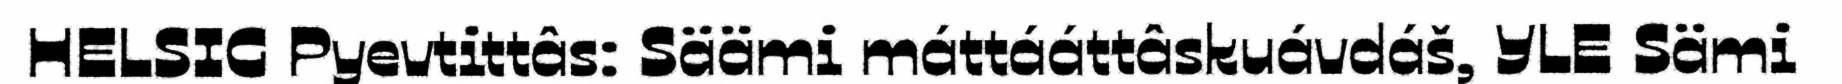
HELSIG Pyevtittâs: Säämi máttááttâskuávdáš, YLE Sämi